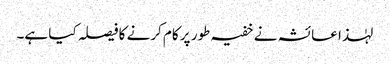
لہٰذا عائشہ نے خفیہ طور پر کام کرنے کا فیصلہ کیا ہے۔